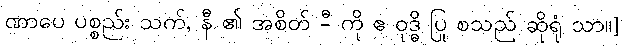
ဏာပေ ပစ္စည်း သက်, နီ ၏ အစိတ် -ီ ကို ဧ ဝုဒ္ဓိ ပြု စသည် ဆိုရုံ သာ။]